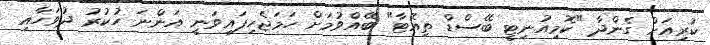
ކުރިއަށް ގެންދާ "ކޮމިއުނިޓީ ބޭސްޑް ތިއޭޓާ" ބޭއްވުމަށް ހަމަޖެހިފައިވަނީ އަންނަ ހުކުރު ދުވަހާއި